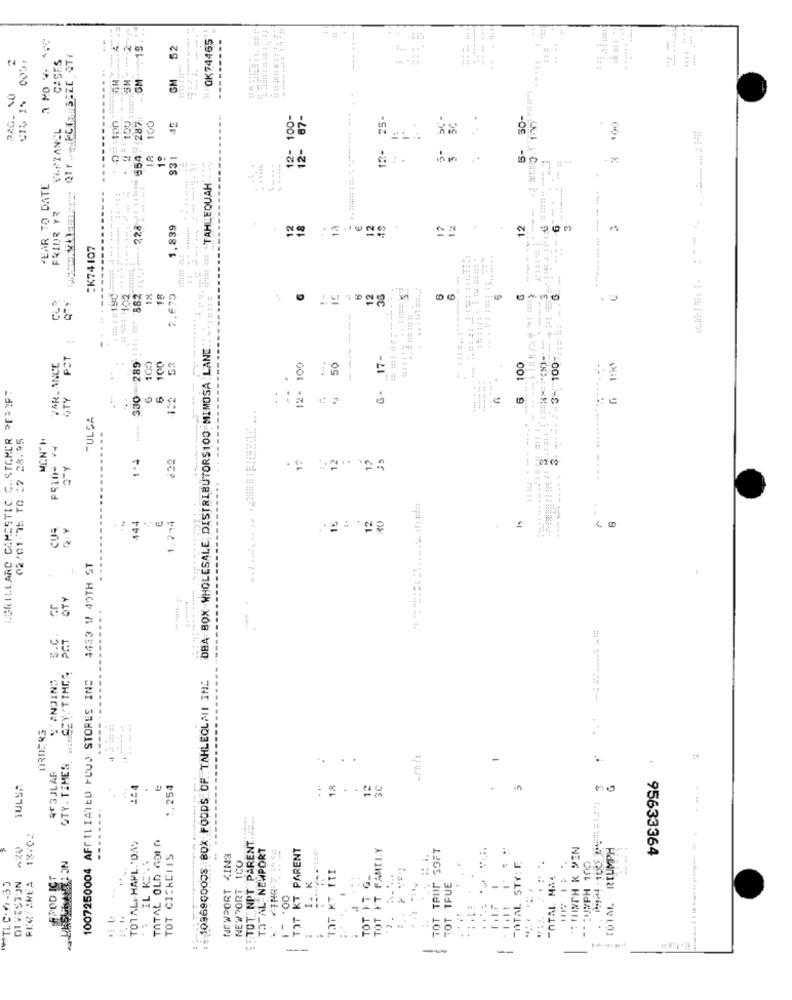
19.
------
--
0K74465
52
CASES
..
...
-
GM
PAG. NO
654.287
100-
25-
30-
VAPIANEL
100
12-
12-
12-
18
331
....
......
.
JEAR TO DATE
Mi# # TAHLEQUAH
...
--------
FRIOR YR
2,28
1.839
12
45
12
:K74107
-----
4
---
882 1
18
18
7.670
12
36
330 289 11:"
---------
DBA BOX WHOLESALE DISTRIBUTORS100 MIMOSA LANE
PCT
100
53
17-
6- 17-
.....- 3-100
VAR. ANCE
100
12- 100
50
100
.. ..
LORILLARD GAMESTIC C .. STOMER PFEIFT
.
12-
4
STY
330
6
TULSA
02/01 75 TO 22 28.95
MCN"#
1.4
632
15
3
.. +
12
CUR
144
1.274
16
4433 W 49TH ST
OTY
S.C.
: 1096900008 BOX FOODS OF TAHLEQLMI INE
S'ANDIN:"
1007250004 AFFILIATED FLUS STORES INS
----.
ORDERS
GTY. TIMES
-
REGULAR
TULSA
1&4
1.254
12
12
3C
. .
no
--
--......
13/02
TOTAL HAPL.'DAY
TOTAL OLD ROID
----
$ . TOT NPT PARENT
TOTAL-NEWPORT
TOT KT PARENT
TOT FT FAMILY
TOT TRIIF SOFT
ETINTH K PEN
REUMPH
TOT CICKCIIS
NEWPORT <INS
NEWPORT 1CO
ATAL STY: F.
** : UMPH 100
95633364
TOT KT TTI
FIC CREA
TOT TFUE
EnTAL MAC
DIVISION
-
TOT FT
*2.
---
-
-
-
-